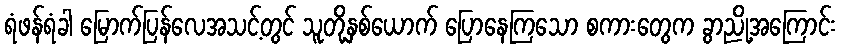
ရံဖန်ရံခါ မြောက်ပြန်လေအသင့်တွင် သူတို့နှစ်ယောက် ပြောနေကြသော စကားတွေက ခွာညို့အကြောင်း